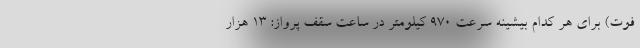
فوت) برای هر کدام بیشینه سرعت 970 کیلومتر در ساعت سقف پرواز: 13 هزار